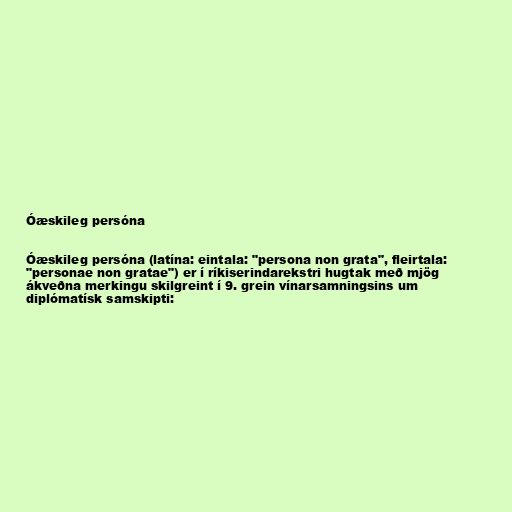
Óæskileg persóna

Óæskileg persóna (latína: eintala: "persona non grata", fleirtala:
"personae non gratae") er í ríkiserindarekstri hugtak með mjög
ákveðna merkingu skilgreint í 9. grein vínarsamningsins um
diplómatísk samskipti: